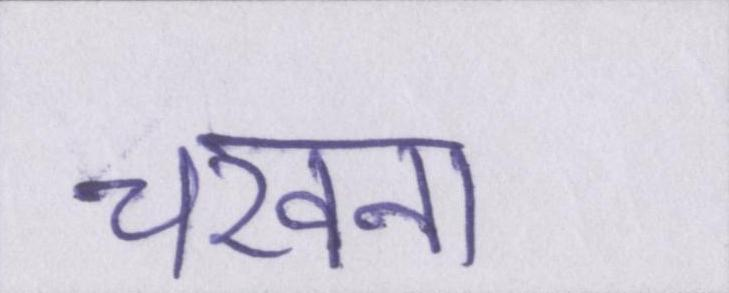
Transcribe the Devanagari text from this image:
चखना